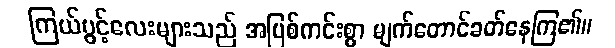
ကြယ်ပွင့်လေးများသည် အပြစ်ကင်းစွာ မျက်တောင်ခတ်နေကြ၏။